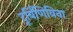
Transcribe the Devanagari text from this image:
दूर्बिणिविना